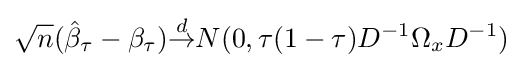
{\sqrt {n}}({\hat {\beta }}_{\tau }-\beta _{\tau }){\overset {d}{\rightarrow }}N(0,\tau (1-\tau )D^{-1}\Omega _{x}D^{-1})